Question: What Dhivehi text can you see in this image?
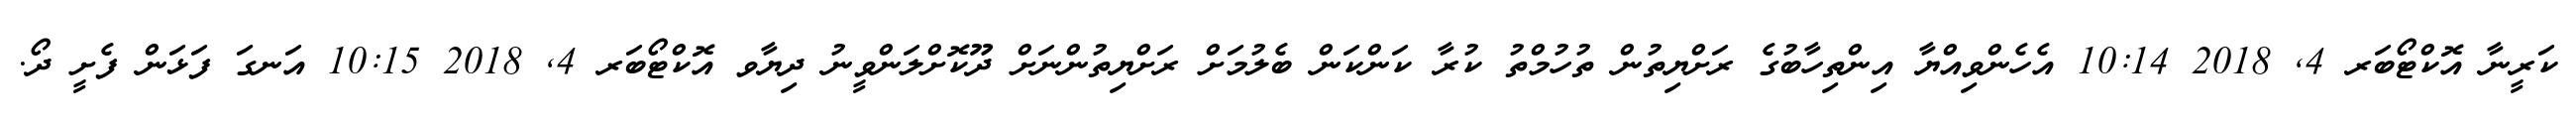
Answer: ކަރީނާ އޮކްޓޯބަރ 4, 2018 10:14 އެހެންވިއްޔާ އިންތިހާބުގެ ރަށްޔިތުން ތުހުމްތު ކުރާ ކަންކަން ބެލުމަށް ރަށްޔިތުންނަށް ދޫކޮށްލަންވީނު ދިޔާވ އޮކްޓޯބަރ 4, 2018 10:15 އަނގަ ފަޅަން ފެށީ ދޯ.